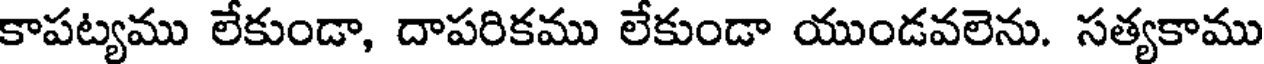
కాపట్యము లేకుండా, దాపరికము లేకుండా యుండవలెను. సత్యకాము